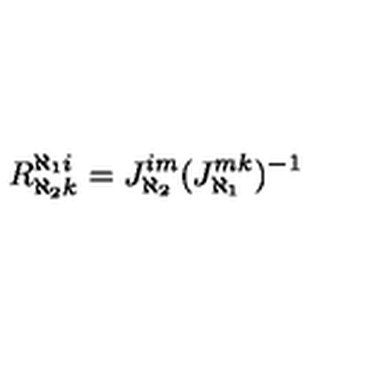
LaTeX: R _ { \aleph _ { 2 } k } ^ { \aleph _ { 1 } i } = J _ { \aleph _ { 2 } } ^ { i m } ( J _ { \aleph _ { 1 } } ^ { m k } ) ^ { - 1 }